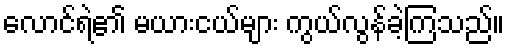
လောင်ရဲ၏ မယားငယ်များ ကွယ်လွန်ခဲ့ကြသည်။